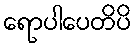
ရောပါပေတိပိ